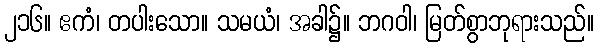
၂၁၆။ ဧကံ၊ တပါးသော။ သမယံ၊ အခါ၌။ ဘဂဝါ၊ မြတ်စွာဘုရားသည်။